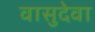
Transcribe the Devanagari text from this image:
वासुदेवा